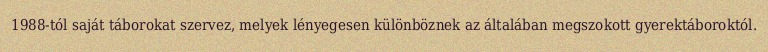
1988-tól saját táborokat szervez, melyek lényegesen különböznek az általában megszokott gyerektáboroktól.